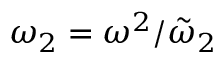
\omega _ { 2 } = \omega ^ { 2 } / \tilde { \omega } _ { 2 }